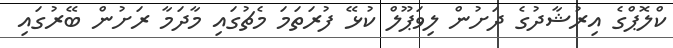
ކްލޮޕްގެ އިރުޝާދުގެ ދަށުން ލިވަޕޫލް ކުޅޭ ފުރަތަމަ މެޗުގައި މާދަމާ ރަށުން ބޭރުގައި